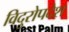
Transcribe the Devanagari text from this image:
विदुरोपदेश